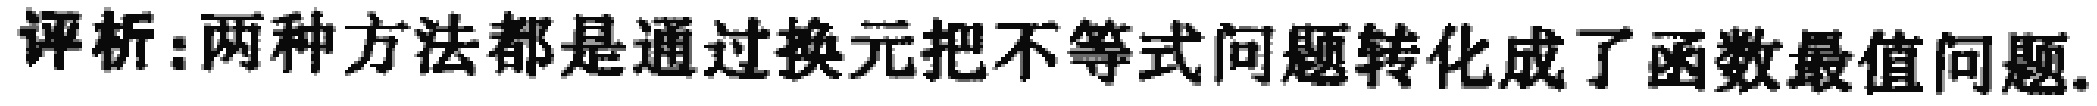
评析:两种方法都是通过换元把不等式问题转化成了函数最值问题.